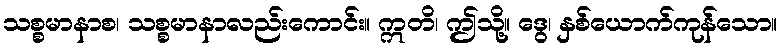
သစ္စမာနာစ၊ သစ္စမာနာလည်းကောင်း။ ဣတိ၊ ဤသို့။ ဒွေ၊ နှစ်ယောက်ကုန်သော။